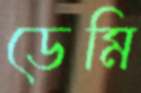
ডেমি